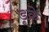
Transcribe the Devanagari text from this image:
डूक्रे